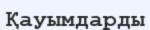
Қауымдарды